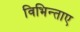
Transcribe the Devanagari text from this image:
विभिन्ताए